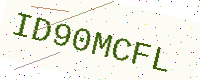
Text: ID90MCFL